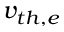
v _ { t h , e }